Indian journal of veterinary science and animal husbandry - Volume 5,
Year: 1935
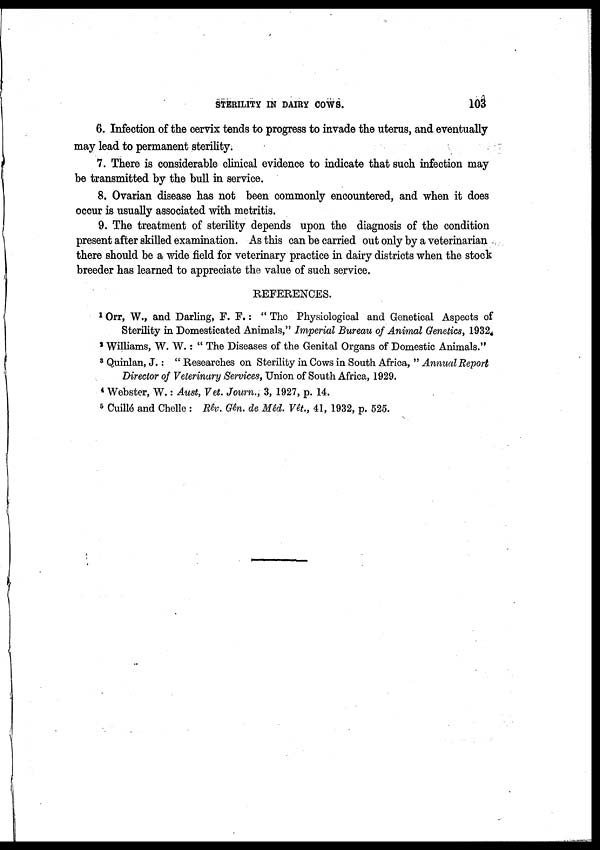
STERILITY IN DAIRY COWS.
103
6. Infection of the cervix tends to progress to invade the uterus, and eventually
may lead to permanent sterility.
7. There is considerable clinical evidence to indicate that such infection may
be transmitted by the bull in service.
8. Ovarian disease has not been commonly encountered, and when it does
occur is usually associated with metritis.
9. The treatment of sterility depends upon the diagnosis of the condition
present after skilled examination. As this can be carried out only by a veterinarian
there should be a wide field for veterinary practice in dairy districts when the stock
breeder has learned to appreciate the value of such service.
REFERENCES.
1 Orr, W., and Darling, F. F.: " The Physiological and Genetical Aspects of
Sterility in Domesticated Animals," Imperial Bureau of Animal Genetics, 1932.
2 Williams, W. W. : " The Diseases of the Genital Organs of Domestic Animals."
3 Quinlan, J.: " Researches on Sterility in Cows in South Africa, " Annual Report
Director of Veterinary Services, Union of South Africa, 1929.
4 Webster, W.: Aust, Vet. Journ., 3, 1927, p. 14.
5 Cuillé and Chelle : Rêv. Gên. de Mêd. Vêt., 41, 1932, p. 525.